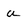
Character: u